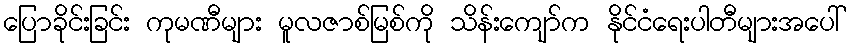
ပြောခိုင်းခြင်း ကုမဏီများ မူလဇာစ်မြစ်ကို သိန်းကျော်က နိုင်ငံရေးပါတီများအပေါ်